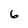
Character: 6